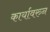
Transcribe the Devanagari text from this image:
कार्यावरुन